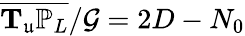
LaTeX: \overline{{\mathbf{T}_{\mathfrak{u}}\mathbb{P}_{L}}}/\mathcal{G}=2D-N_{0}